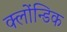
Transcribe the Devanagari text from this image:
क्लोंन्डिक